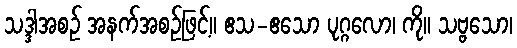
သဒ္ဒါအစဉ် အနက်အစဉ်ဖြင့်။ ဧသ-ဧသော ပုဂ္ဂလော၊ ကို။ သဗ္ဗသော၊